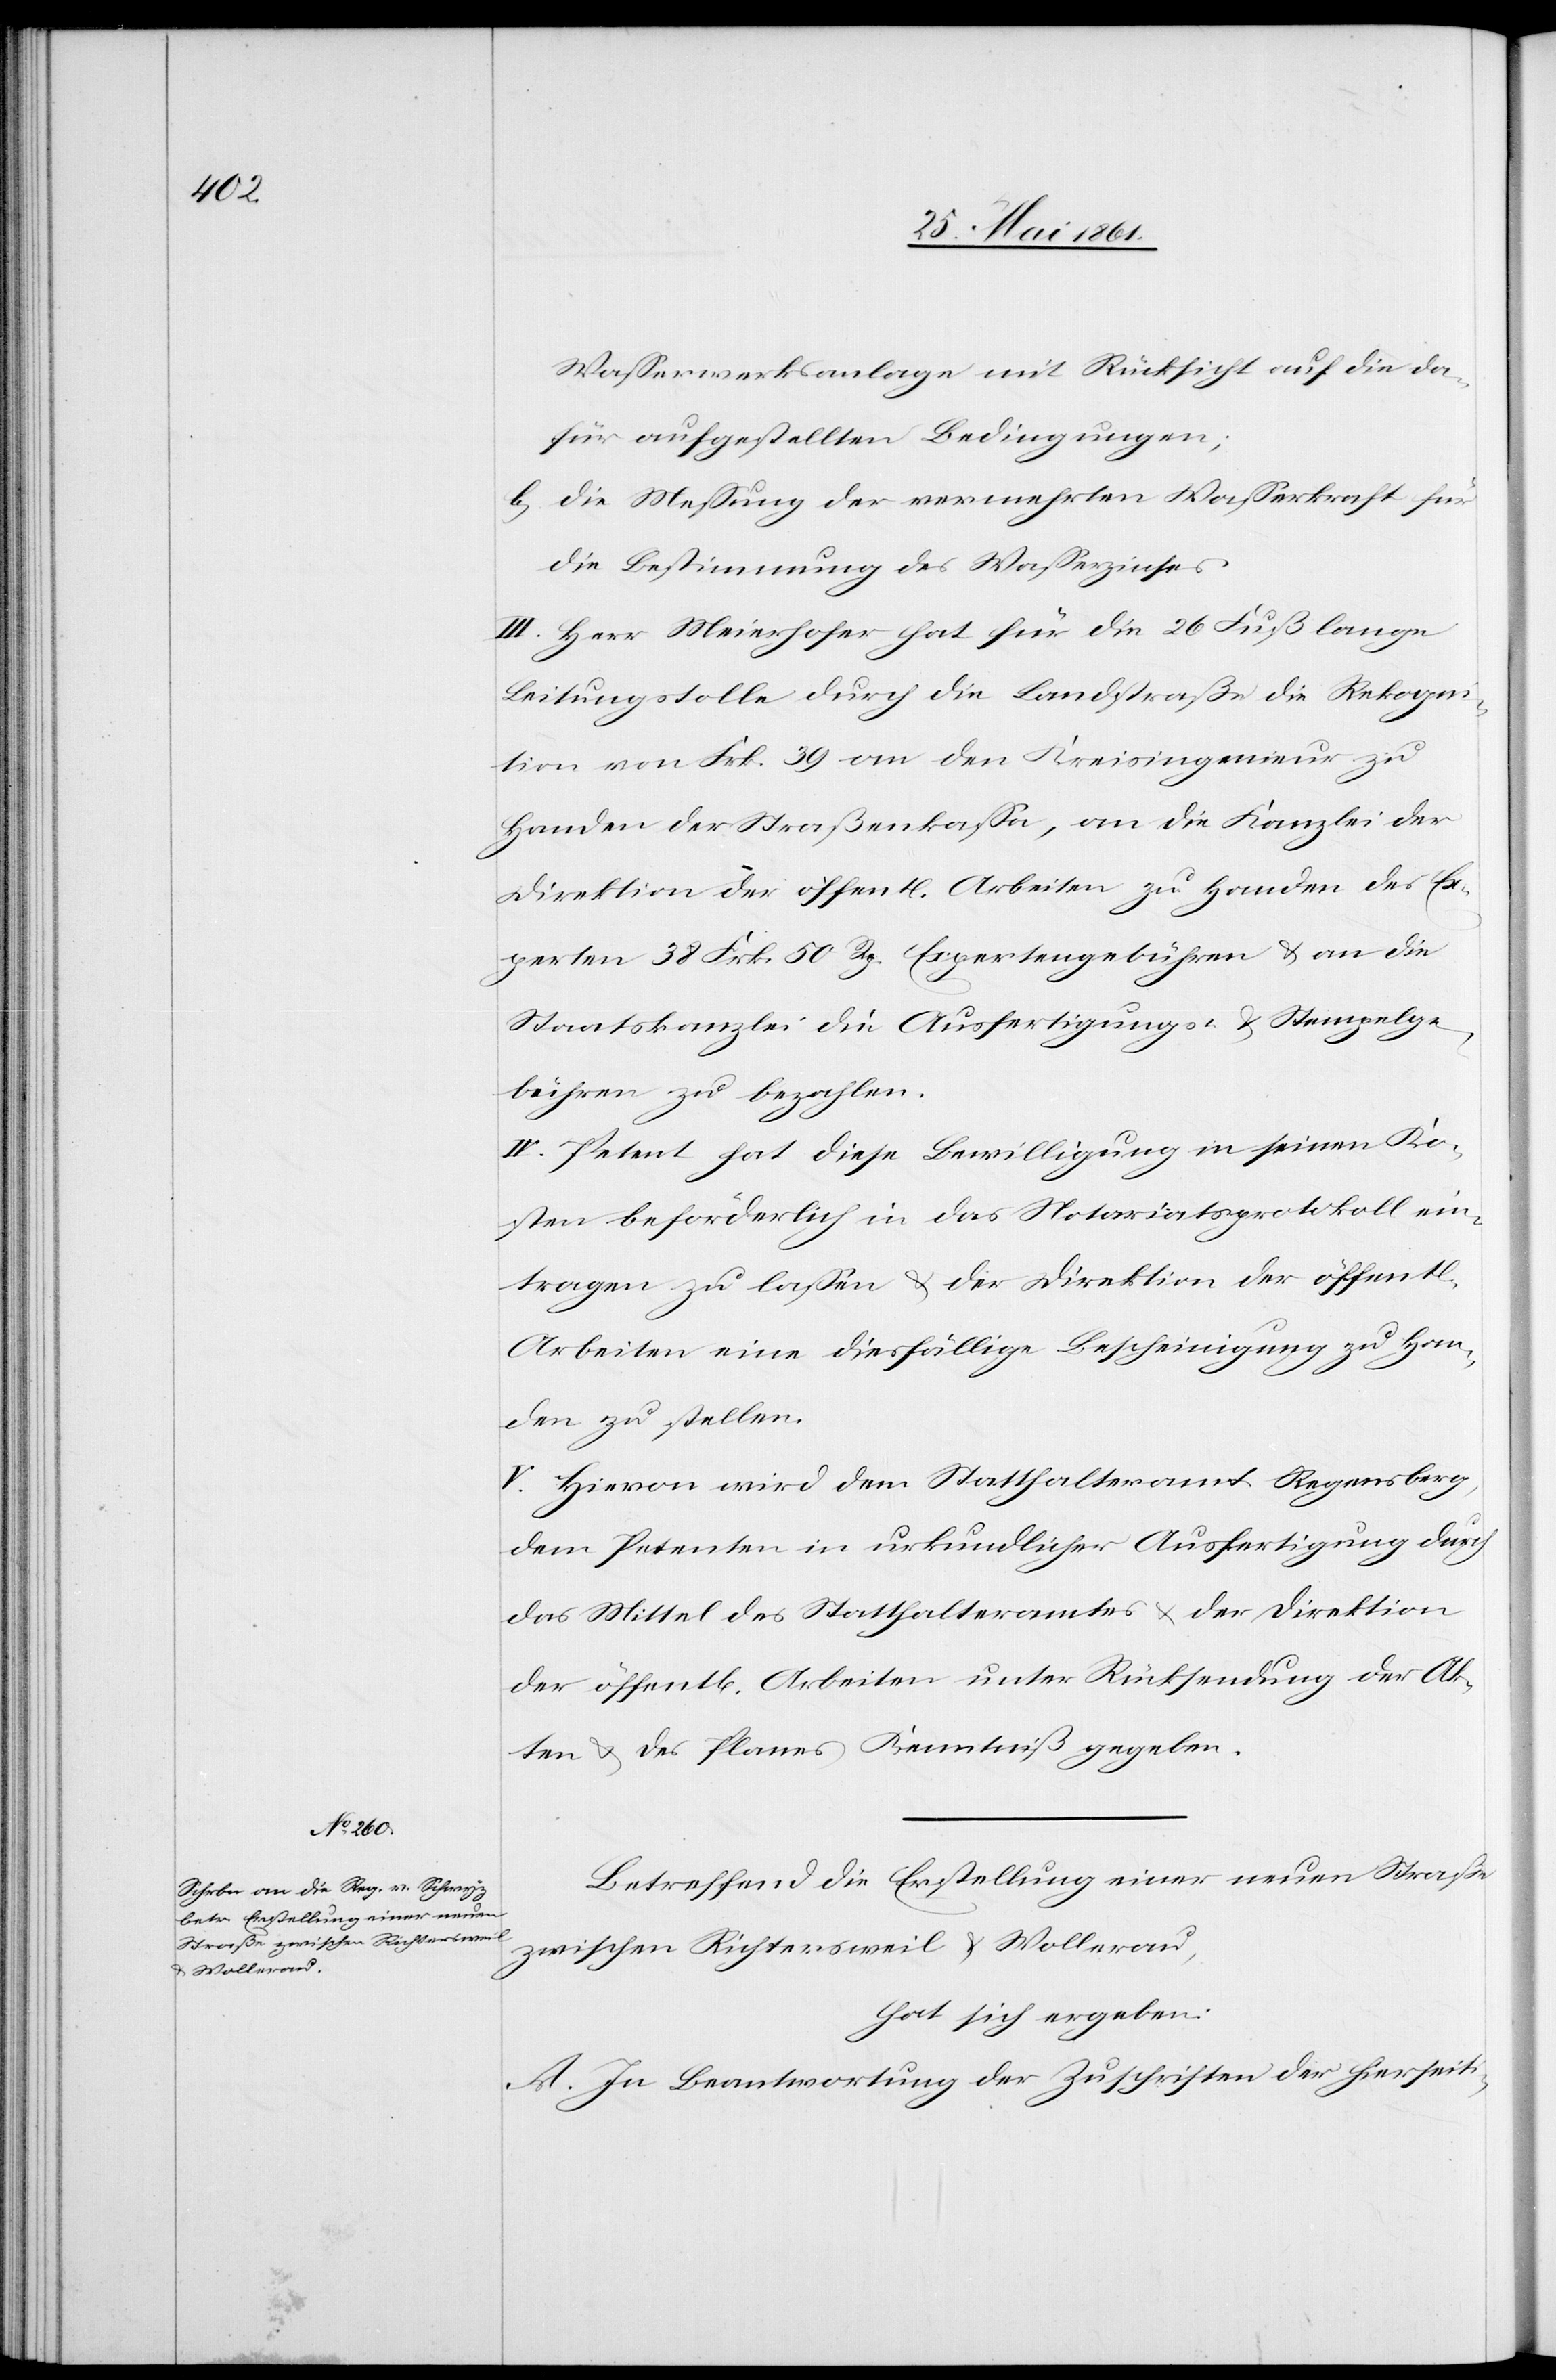
Wasserwerksanlage mit Rücksicht auf die da¬
für aufgestellten Bedingungen;
b) Die Messung der vermehrten Wasserkraft für
die Bestimmung des Wasserzinses.
III. Herr Meierhofer hat für die 26 Fuß lange
Leitungstolle durch die Landstraße die Rekogni¬
tion von Frk. 39 an den Kreisingenieur zu
Handen der Straßenkassa, an die Kanzlei der
Direktion der öffentl. Arbeiten zu Handen des E¬
xperten 38 Frk. 50 Rp. Expertengebühren u. an die
Staatskanzlei die Ausfertigungs- u. Stempelge¬
bühren zu bezahlen.
IV. Petent hat diese Bewilligung in seinen Ko¬
sten beförderlich in das Notariatsprotokoll ein¬
tragen zu lassen u. der Direktion der öffentl.
Arbeiten eine diesfällige Bescheinigung zu Han¬
den zu stellen.
V. Hievon wird dem Statthalteramt Regensberg,
dem Petenten in urkundlicher Ausfertigung durch
das Mittel des Statthalteramtes u. der Direktion
der öffent[lichen] Arbeiten unter Rücksendung der Ak¬
ten u. des Planes Kenntniß gegeben.
Betreffend die Erstellung einer neuen Straße
zwischen Richtersweil u. Wollerau,
hat sich ergeben:
A. In Beantwortung der Zuschriften der herseiti-